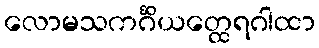
လောမသကင်္ဂိယတ္ထေရဂါထာ